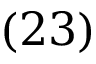
( 2 3 )